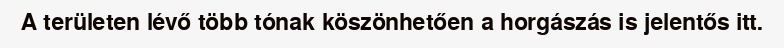
A területen lévő több tónak köszönhetően a horgászás is jelentős itt.